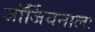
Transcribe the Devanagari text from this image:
जॉर्जियनाला